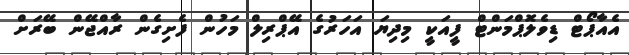
އެއާޕޯޓް ޑިވެލޮޕްމަންޓް ފީއަކީ މިދިޔަ އަހަރުގެ އޭޕްރިލް މަހުން ފެށިގެން ރާއްޖޭން ބޭރަށް